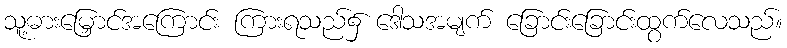
သူ့ဓားမြှောင်အကြောင်း ကြားရသည်၌ ဒေါသအမျက် ခြောင်းခြောင်းထွက်လေသည်။